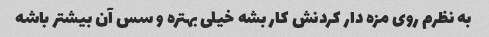
به نظرم روی مزه دار کردنش کار بشه خیلی بهتره و سس آن بیشتر باشه